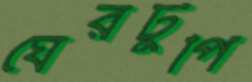
ঘেরটুপি